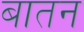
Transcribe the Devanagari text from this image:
बातन